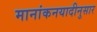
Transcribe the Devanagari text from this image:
मानांकनयादीनुसार